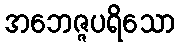
အဘေဇ္ဇပရိသော